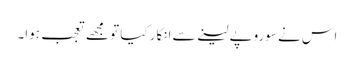
اس نے سوروپے لینے سے انکار کیا تو مجھے تعجب ہوا۔